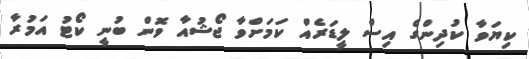
ކިޔަވާ ކުދިންގެ އިސް ލީޑަރެއް ކަމަށްވާ ޖޯޝުއާ ވޮން ބުނީ ކޯޓު އަމުރާ